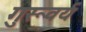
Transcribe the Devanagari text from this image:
गुरूवर्य